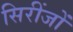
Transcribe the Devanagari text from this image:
सिरींजों